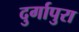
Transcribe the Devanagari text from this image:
दुर्गापुरा